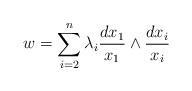
LaTeX: \begin{align*} w= \sum_{i=2}^n \lambda_i \frac{d x_1}{x_1} \wedge \frac{d x_i}{x_i}\end{align*}